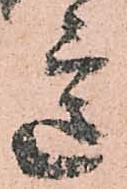
意